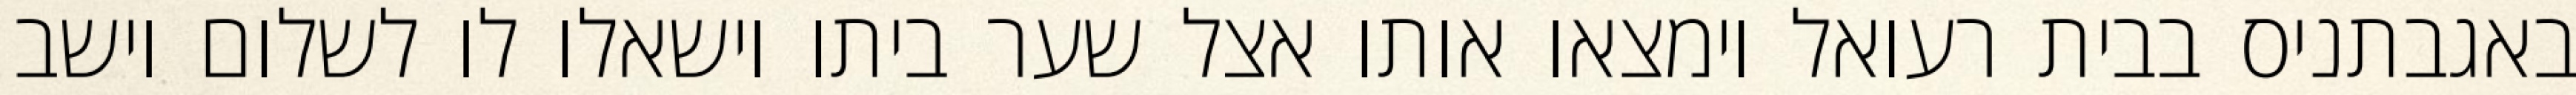
באגבתניס בבית רעואל וימצאו אותו אצל שער ביתו וישאלו לו לשלום וישב